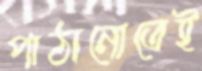
পাঠানোতেই